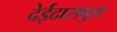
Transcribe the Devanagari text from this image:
देईदासपुरा